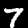
Digit: 7